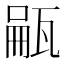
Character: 𪼺